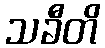
သခီတိ